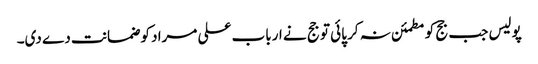
پولیس جب جج کو مطمئن نہ کر پائی تو جج نے ارباب علی مراد کو ضمانت دے دی۔